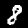
Digit: 8